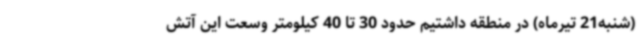
(شنبه21 تیرماه) در منطقه داشتیم حدود 30 تا 40 کیلومتر وسعت این آتش